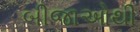
બીજાઓથી